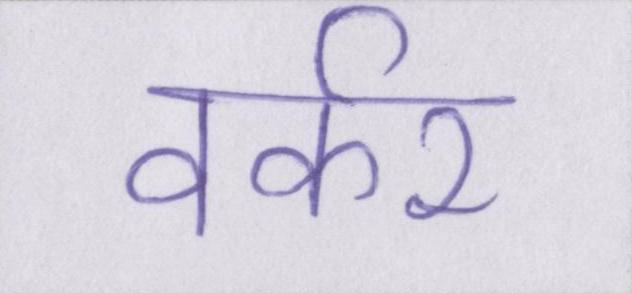
वर्कर